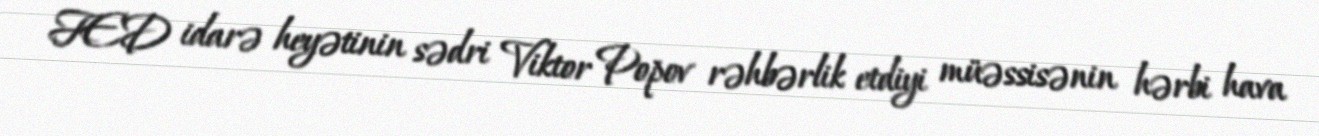
FED idarə heyətinin sədri Viktor Popov rəhbərlik etdiyi müəssisənin hərbi hava